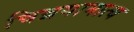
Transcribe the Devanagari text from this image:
चिन्नयामात्य